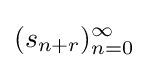
(s_{n+r})_{n=0}^{\infty }